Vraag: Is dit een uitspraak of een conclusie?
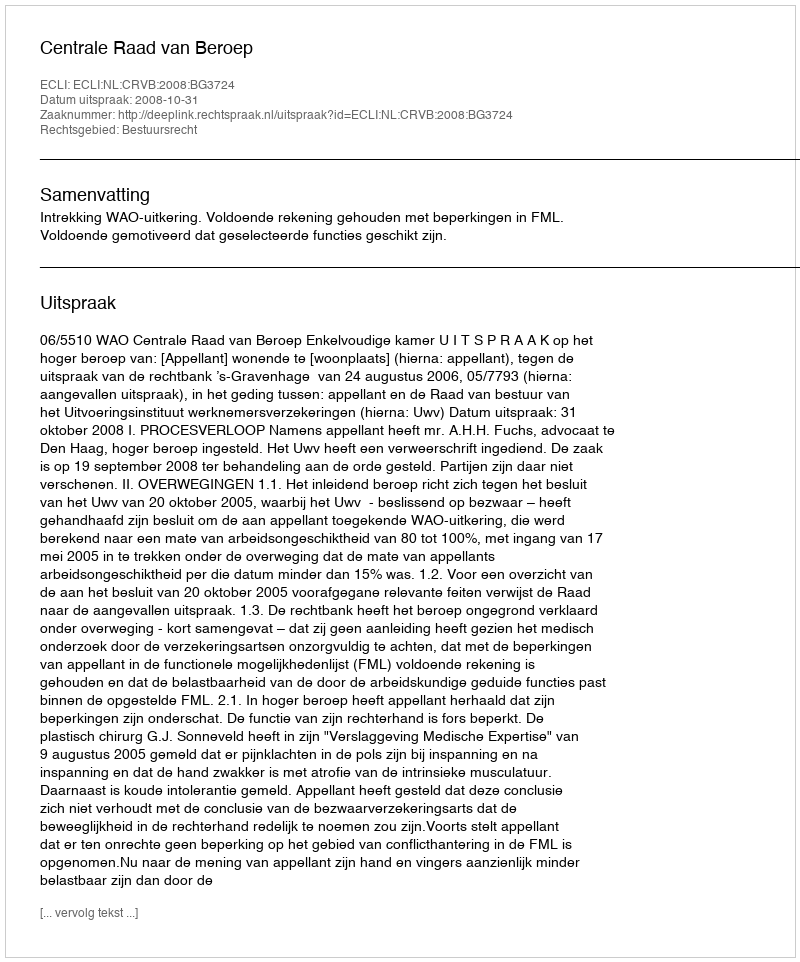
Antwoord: Uitspraak